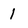
Character: 1